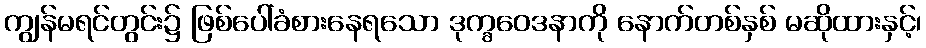
ကျွန်မရင်တွင်း၌ ဖြစ်ပေါ်ခံစားနေရသော ဒုက္ခဝေဒနာကို နောက်တစ်နှစ် မဆိုထားနှင့်၊